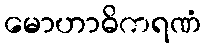
မောဟာဓိကရဏံ